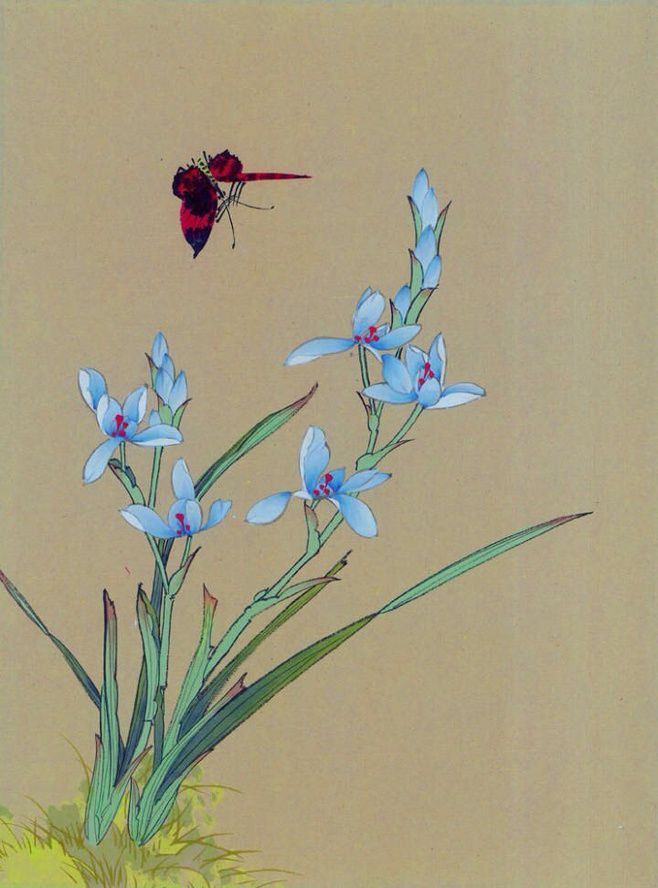
兰叶春葳蕤，桂华秋皎洁。